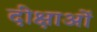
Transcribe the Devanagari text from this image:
दीक्षाओं